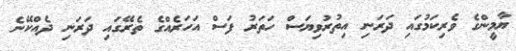
ޔާމީންގެ ވެރިކަމުގައި ދަރަނި އިތުރުވިޔަސް ހަތަރު ފަސް އަހަރެއްގެ ތެރޭގައި ދަރަނި ދެއްކޭނެ